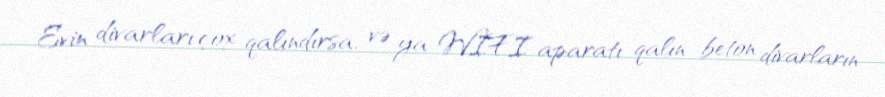
Evin divarları çox qalındırsa, və ya WIFI aparatı qalın beton divarların